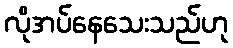
လိုအပ်နေသေးသည်ဟု